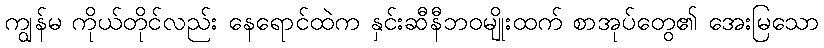
ကျွန်မ ကိုယ်တိုင်လည်း နေရောင်ထဲက နှင်းဆီနီဘဝမျိုးထက် စာအုပ်တွေ၏ အေးမြသော